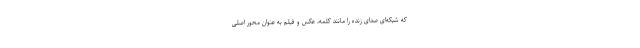
که شبکه‌ای صدای زنده را مانند کلمه، عکس و فیلم به عنوان محور اصلی